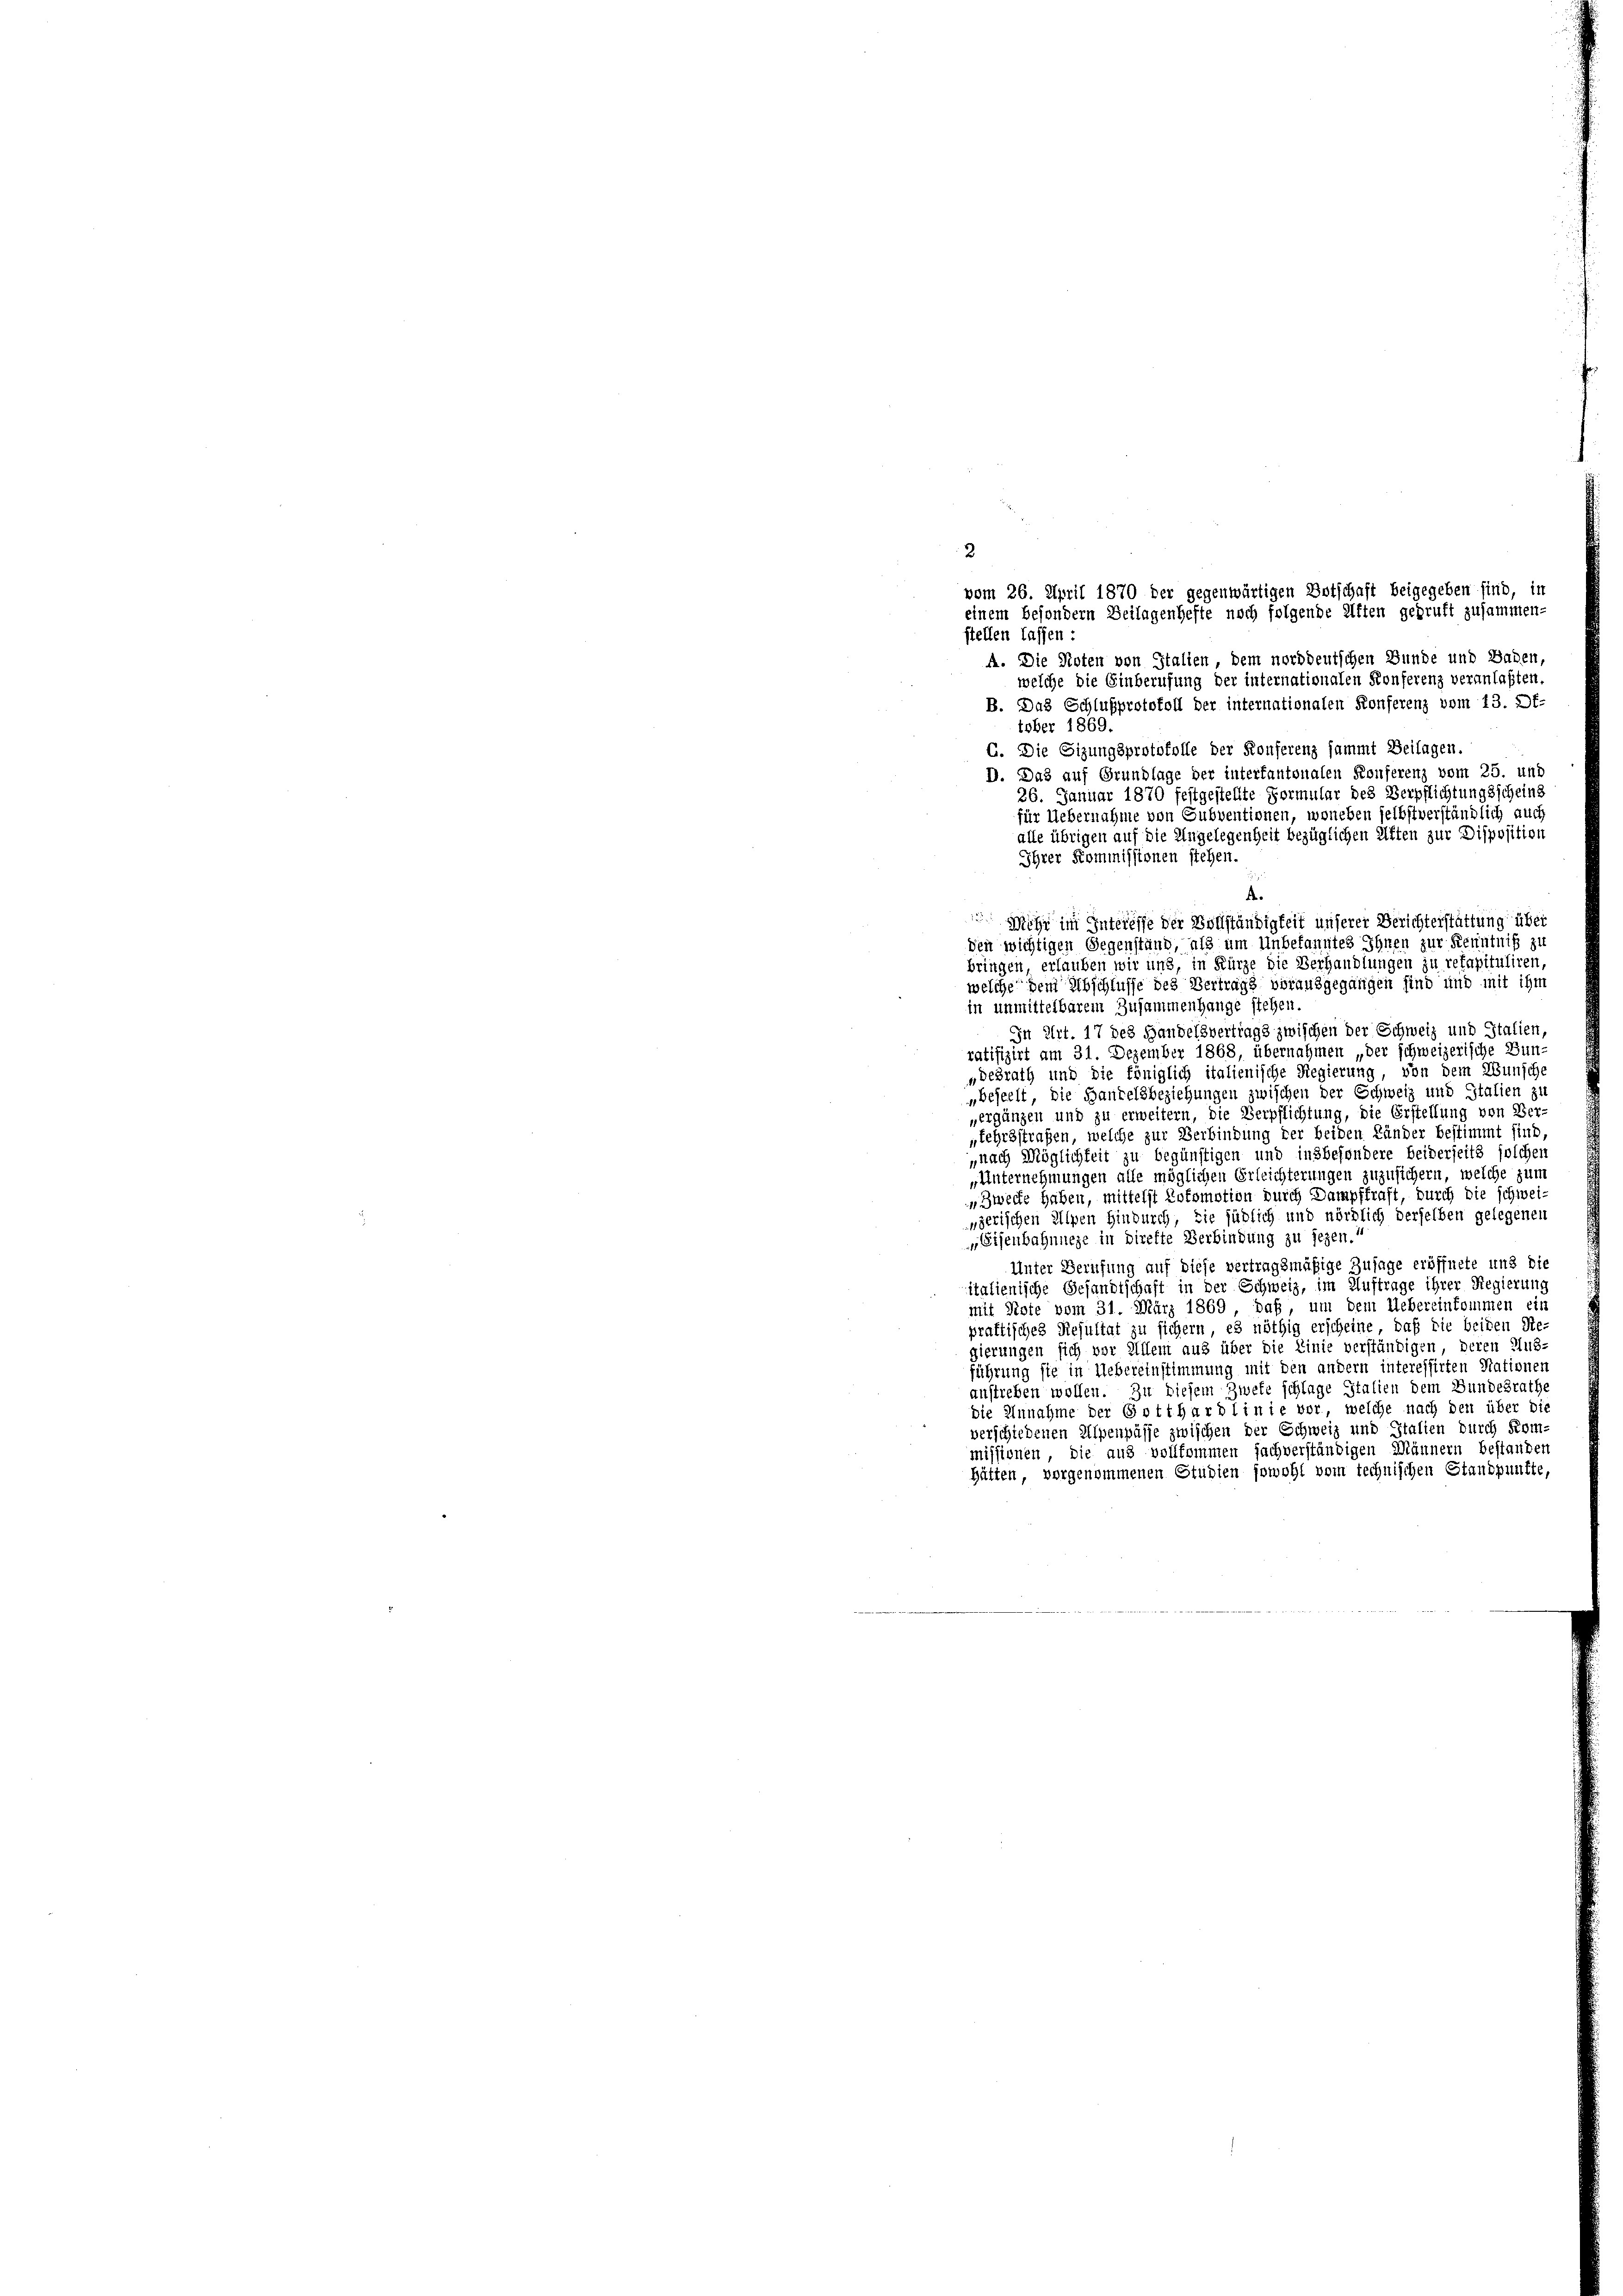
stellen lassen:
A. Die Noten von Italien dem norddeutschen Bunde und Baden,
welche die Einberufung der internationalen Konferenz veranlaßten.
B. Das Schlußprotokoll der internationalen Konferenz vom 13. Of-
tober 1869.
G. Die Sitzungsprotokolle der Konferenz sammt Beilagen.
D. Das auf Grundlage der interfantonalen Konferenz vom 25. und
26. Januar 1870 festgestellte Formular des Verpflichtungsscheins
für Uebernahme von Subventionen, woneben selbstverständlich auch
alle übrigen auf die Ungelegenheit bezüglichen Aften zur Disposition
den wichtigen Gegenstand, als um Unbekanntes Ihnen zur Kenntniß zu
bringen, erlauben wir uns, in Kürze die Verhandlungen zu refapituliren,
welche dem Abschlusse des Vertrags vorausgegangen sind und mit ihm
in unmittelbarem Zusammenhange stehen.
In Art. 17 des Handelsvertrags zwischen der Schweiz und Statien,
ratifizirt am 31. Dezember 1868, übernahmen „der schweizerische Bun-
„desrath und die königlich italienische Regierung, von dem Wunsche
„beseelt, die Handelsbeziehungen zwischen der Schweiz und Italien zu
ergänzen und zu erweitern, die Verpflichtung, die Erstellung von Ver-
„Lehrsstraßen, welche zur Verbindung der beiden Länder bestimmt sind,
„nach Möglichkeit zu begünstigen und insbesondere beiderseits solcher
„Unternehmungen alle möglichen Erleichterungen zuzusichern, welche zum
„Zwecke haben, mittelst Lokomotion durch Dampfkraft, durch die schweinzerischen Alpen hindurch, sie südlich und nördlich derselben gelegenen
Eisenbahnnege in direkte Verbindung zu sezen.“
Unter Berufung auf diese vertragsmäßige Zusage eröffnete und die
italienische Gesandtschaft in der Schweiz, im Auftrage ihrer Regierung
mit Note vom 31. März 1869, daß, um dem Uebereinkommen ein
praktisches Resultat zu sichern, es nöthig erscheine, daß die beiden Ste
gierungen sich vor Allem aus über die Linie verständigen, deren Aus-
führung sie in Uebereinstimmung mit den andern interessirten Nationen
anstreben wollen. Zu diesem Zwete schlage Italien dem Bundesrathe
die Annahme der Gottharblinie vor, welche nach den über die
verschiedenen Alpenpässe zwischen der Schweiz und Italien durch Kom-
missionen, die aus vollkommen sachverständigen Männern bestanden
Hätten, vorgenommenen Studien sowohl vom technischen Standpunkte,

2
vom 26. April 1870 der gegenwärtigen Botschaft beigegeben sind, in
einem besondern Beilagenhefte noch folgende Aften gedruft zusammen-

Ihrer Kommissionen stehen.
.
Mohr im Interesse der Vollständigkeit unserer Berichterstattung über